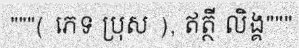
"""( ភេទ ប្រុស ), ឥត្ថី លិង្គ"""